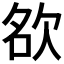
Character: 𭭊